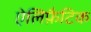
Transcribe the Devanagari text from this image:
ऐलिफ़ैटिक